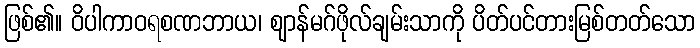
ဖြစ်၏။ ဝိပါကာဝရစဏဘာယ၊ ဈာန်မဂ်ဖိုလ်ချမ်းသာကို ပိတ်ပင်တားမြစ်တတ်သော